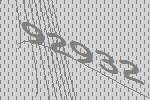
92932